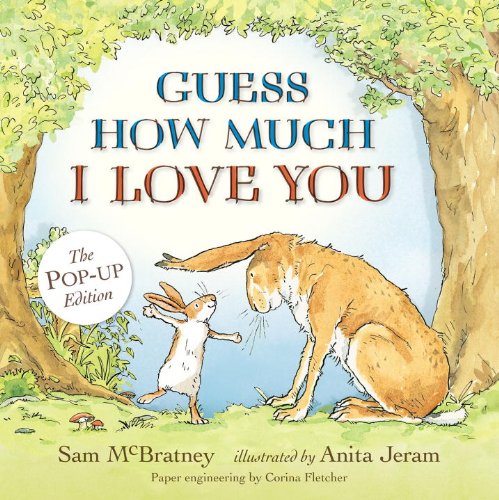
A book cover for Guess How Much I Love You: Pop-Up; Sam McBratney; Children's Books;